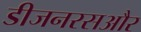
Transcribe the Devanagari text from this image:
डीजनरसऔर